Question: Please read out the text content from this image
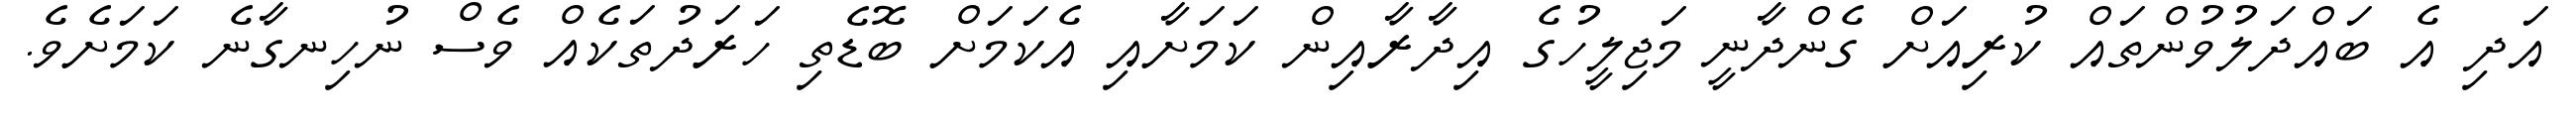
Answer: އަދި އެ ބައްދަލުވުންތައް ކުރިއަށް ގެންދާނީ މަޖިލީހުގެ އިދާރާއިން ކަމަށާއި އެކަމަށް ބޮޑެތި ހަރަދުތަކެއް ވެސް ނުހިނގާނެ ކަމަށެވެ.